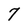
Character: 7